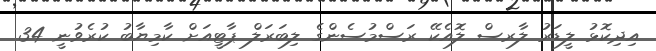
އިދިކޮޅު ލީޑަރު ލާރސް ލޮއެކޭ ރަސްމުސެންގެ ލިބަރަލް ޕާޓީއަށް ކާމިޔާބު ކުރެވުނީ 34